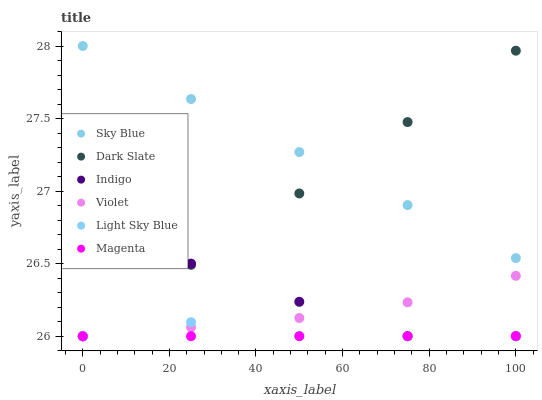
| xaxis_label | Sky Blue | Dark Slate | Indigo | Violet | Light Sky Blue | Magenta |
 | --- | --- | --- | --- | --- | --- | --- |
 | 0 | 28 | 26 | 26 | 26 | 26 | 26 |
 | 25 | 27.6 | 26.5 | 26.5 | 26.1 | 26.1 | 26 |
 | 50 | 27.3 | 27 | 26.2 | 26.1 | 26 | 26 |
 | 75 | 26.9 | 27.5 | 26 | 26.2 | 26 | 26 |
 | 100 | 26.5 | 28 | 26 | 26.4 | 26 | 26 |